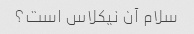
سلام آن نیکلاس است؟